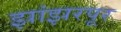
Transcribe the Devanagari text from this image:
झांझरपूर